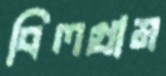
বিলগ্রাম